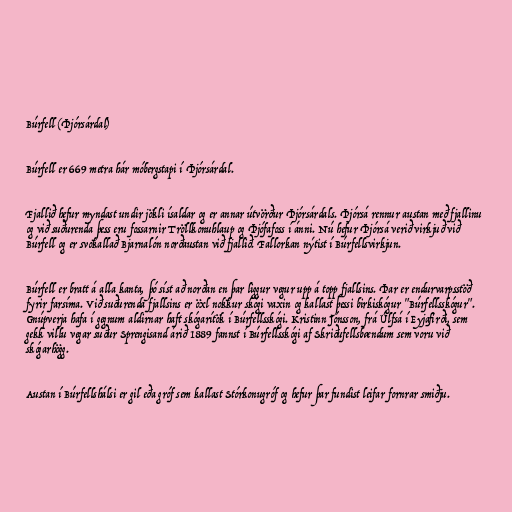
Búrfell (Þjórsárdal)

Búrfell er 669 metra hár móbergstapi í Þjórsárdal.

Fjallið hefur myndast undir jökli ísaldar og er annar útvörður Þjórsárdals. Þjórsá rennur austan með fjallinu
og við suðurenda þess eru fossarnir Tröllkonuhlaup og Þjófafoss í ánni. Nú hefur Þjórsá verið virkjuð við
Búrfell og er svokallað Bjarnalón norðaustan við fjallið. Fallorkan nýtist í Búrfellsvirkjun.

Búrfell er bratt á alla kanta, þó síst að norðan en þar liggur vegur upp á topp fjallsins. Þar er endurvarpsstöð
fyrir farsíma. Við suðurenda fjallsins er öxl nokkur skógi vaxin og kallast þessi birkiskógur "Búrfellsskógur".
Gnúpverja hafa í gegnum aldirnar haft skógarítök í Búrfellsskógi. Kristinn Jónsson, frá Úlfsá í Eyjafirði, sem
gekk villu vegar suður Sprengisand árið 1889 fannst í Búrfellsskógi af Skriðufellsbændum sem voru við
skógarhögg.

Austan í Búrfellshálsi er gil eða gróf sem kallast Stórkonugróf og hefur þar fundist leifar fornrar smiðju.